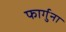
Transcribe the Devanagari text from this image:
फार्गुना